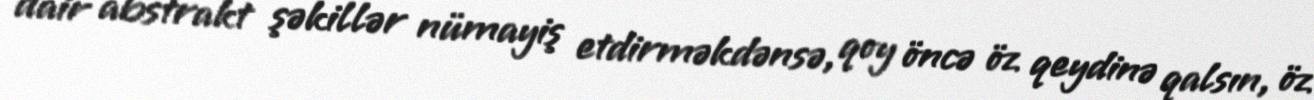
dair abstrakt şəkillər nümayiş etdirməkdənsə, qoy öncə öz qeydinə qalsın, öz